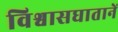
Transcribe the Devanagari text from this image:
विश्वासघातानें